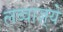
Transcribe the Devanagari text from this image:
लव्वाज़्ये